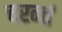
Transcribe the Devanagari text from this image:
चरन्तं